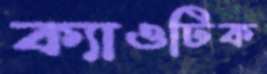
ক্যাওটিক